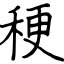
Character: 稉